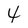
Character: 4